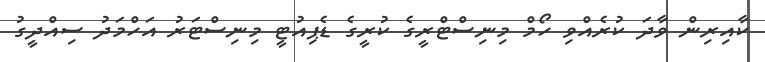
ކާއިރިން ވާދަ ކުރެއްވި ހޯމް މިނިސްޓްރީގެ ކުރީގެ ޑެޕިއުޓީ މިނިސްޓަރު އަހްމަދު ސިއްދީގު